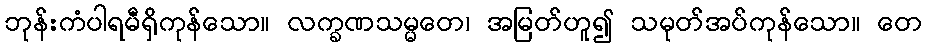
ဘုန်းကံပါရမီရှိကုန်သော။ လက္ခဏသမ္မတေ၊ အမြတ်ဟူ၍ သမုတ်အပ်ကုန်သော။ တေ